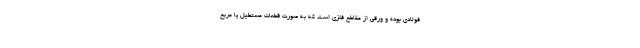
فولادی بوده و ورقی از مقاطع فلزی است که به صورت قطعات مستطیل یا مربع